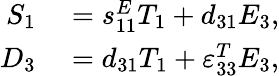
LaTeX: \begin{array}{rl}{S_{1}}&{{}=s_{11}^{E}T_{1}+d_{31}E_{3},}\\ {D_{3}}&{{}=d_{31}T_{1}+\varepsilon_{33}^{T}E_{3},}\end{array}